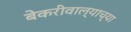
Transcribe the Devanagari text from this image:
बेकरीवाल्याच्या